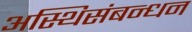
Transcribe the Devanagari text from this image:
अस्थिसंबन्धन